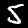
Label: 5